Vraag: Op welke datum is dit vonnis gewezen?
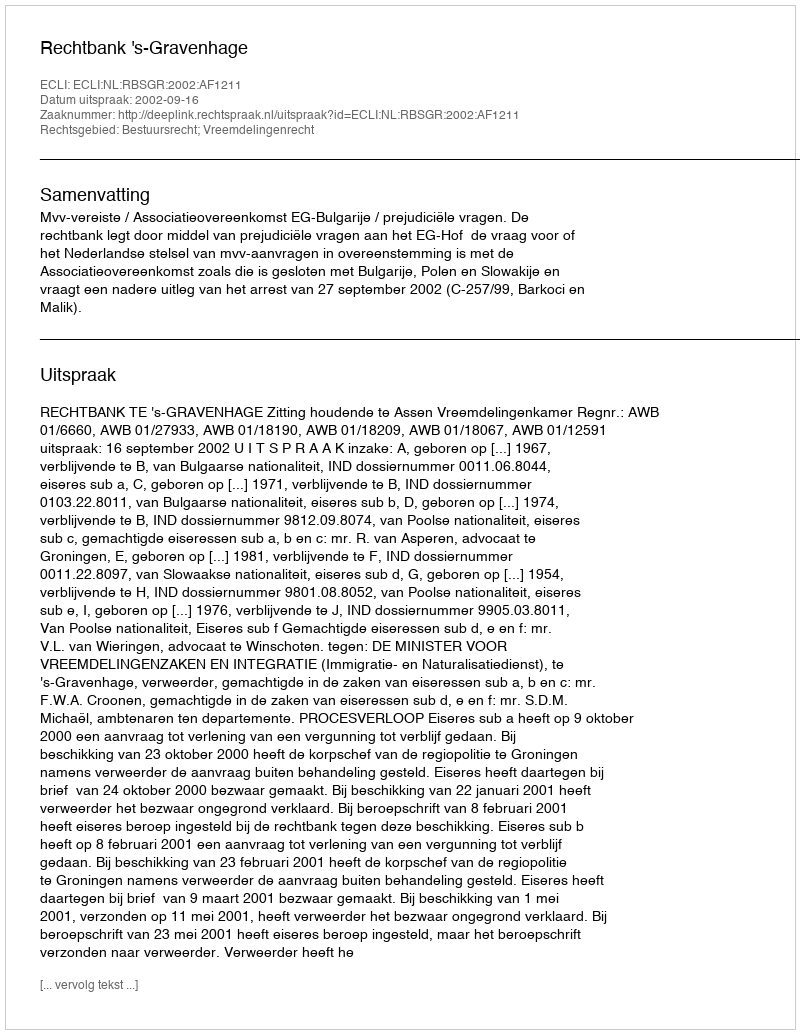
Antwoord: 2002-09-16